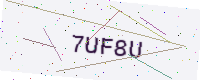
Text: 7UF8U